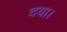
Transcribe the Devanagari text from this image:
दया।